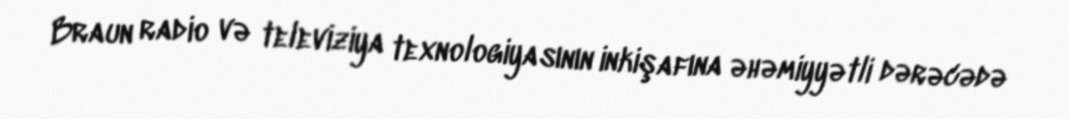
Braun radio və televiziya texnologiyasının inkişafına əhəmiyyətli dərəcədə